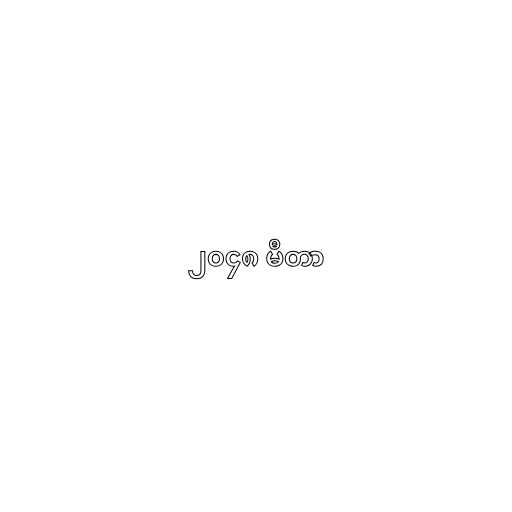
၂၀၄၈ မီတာ